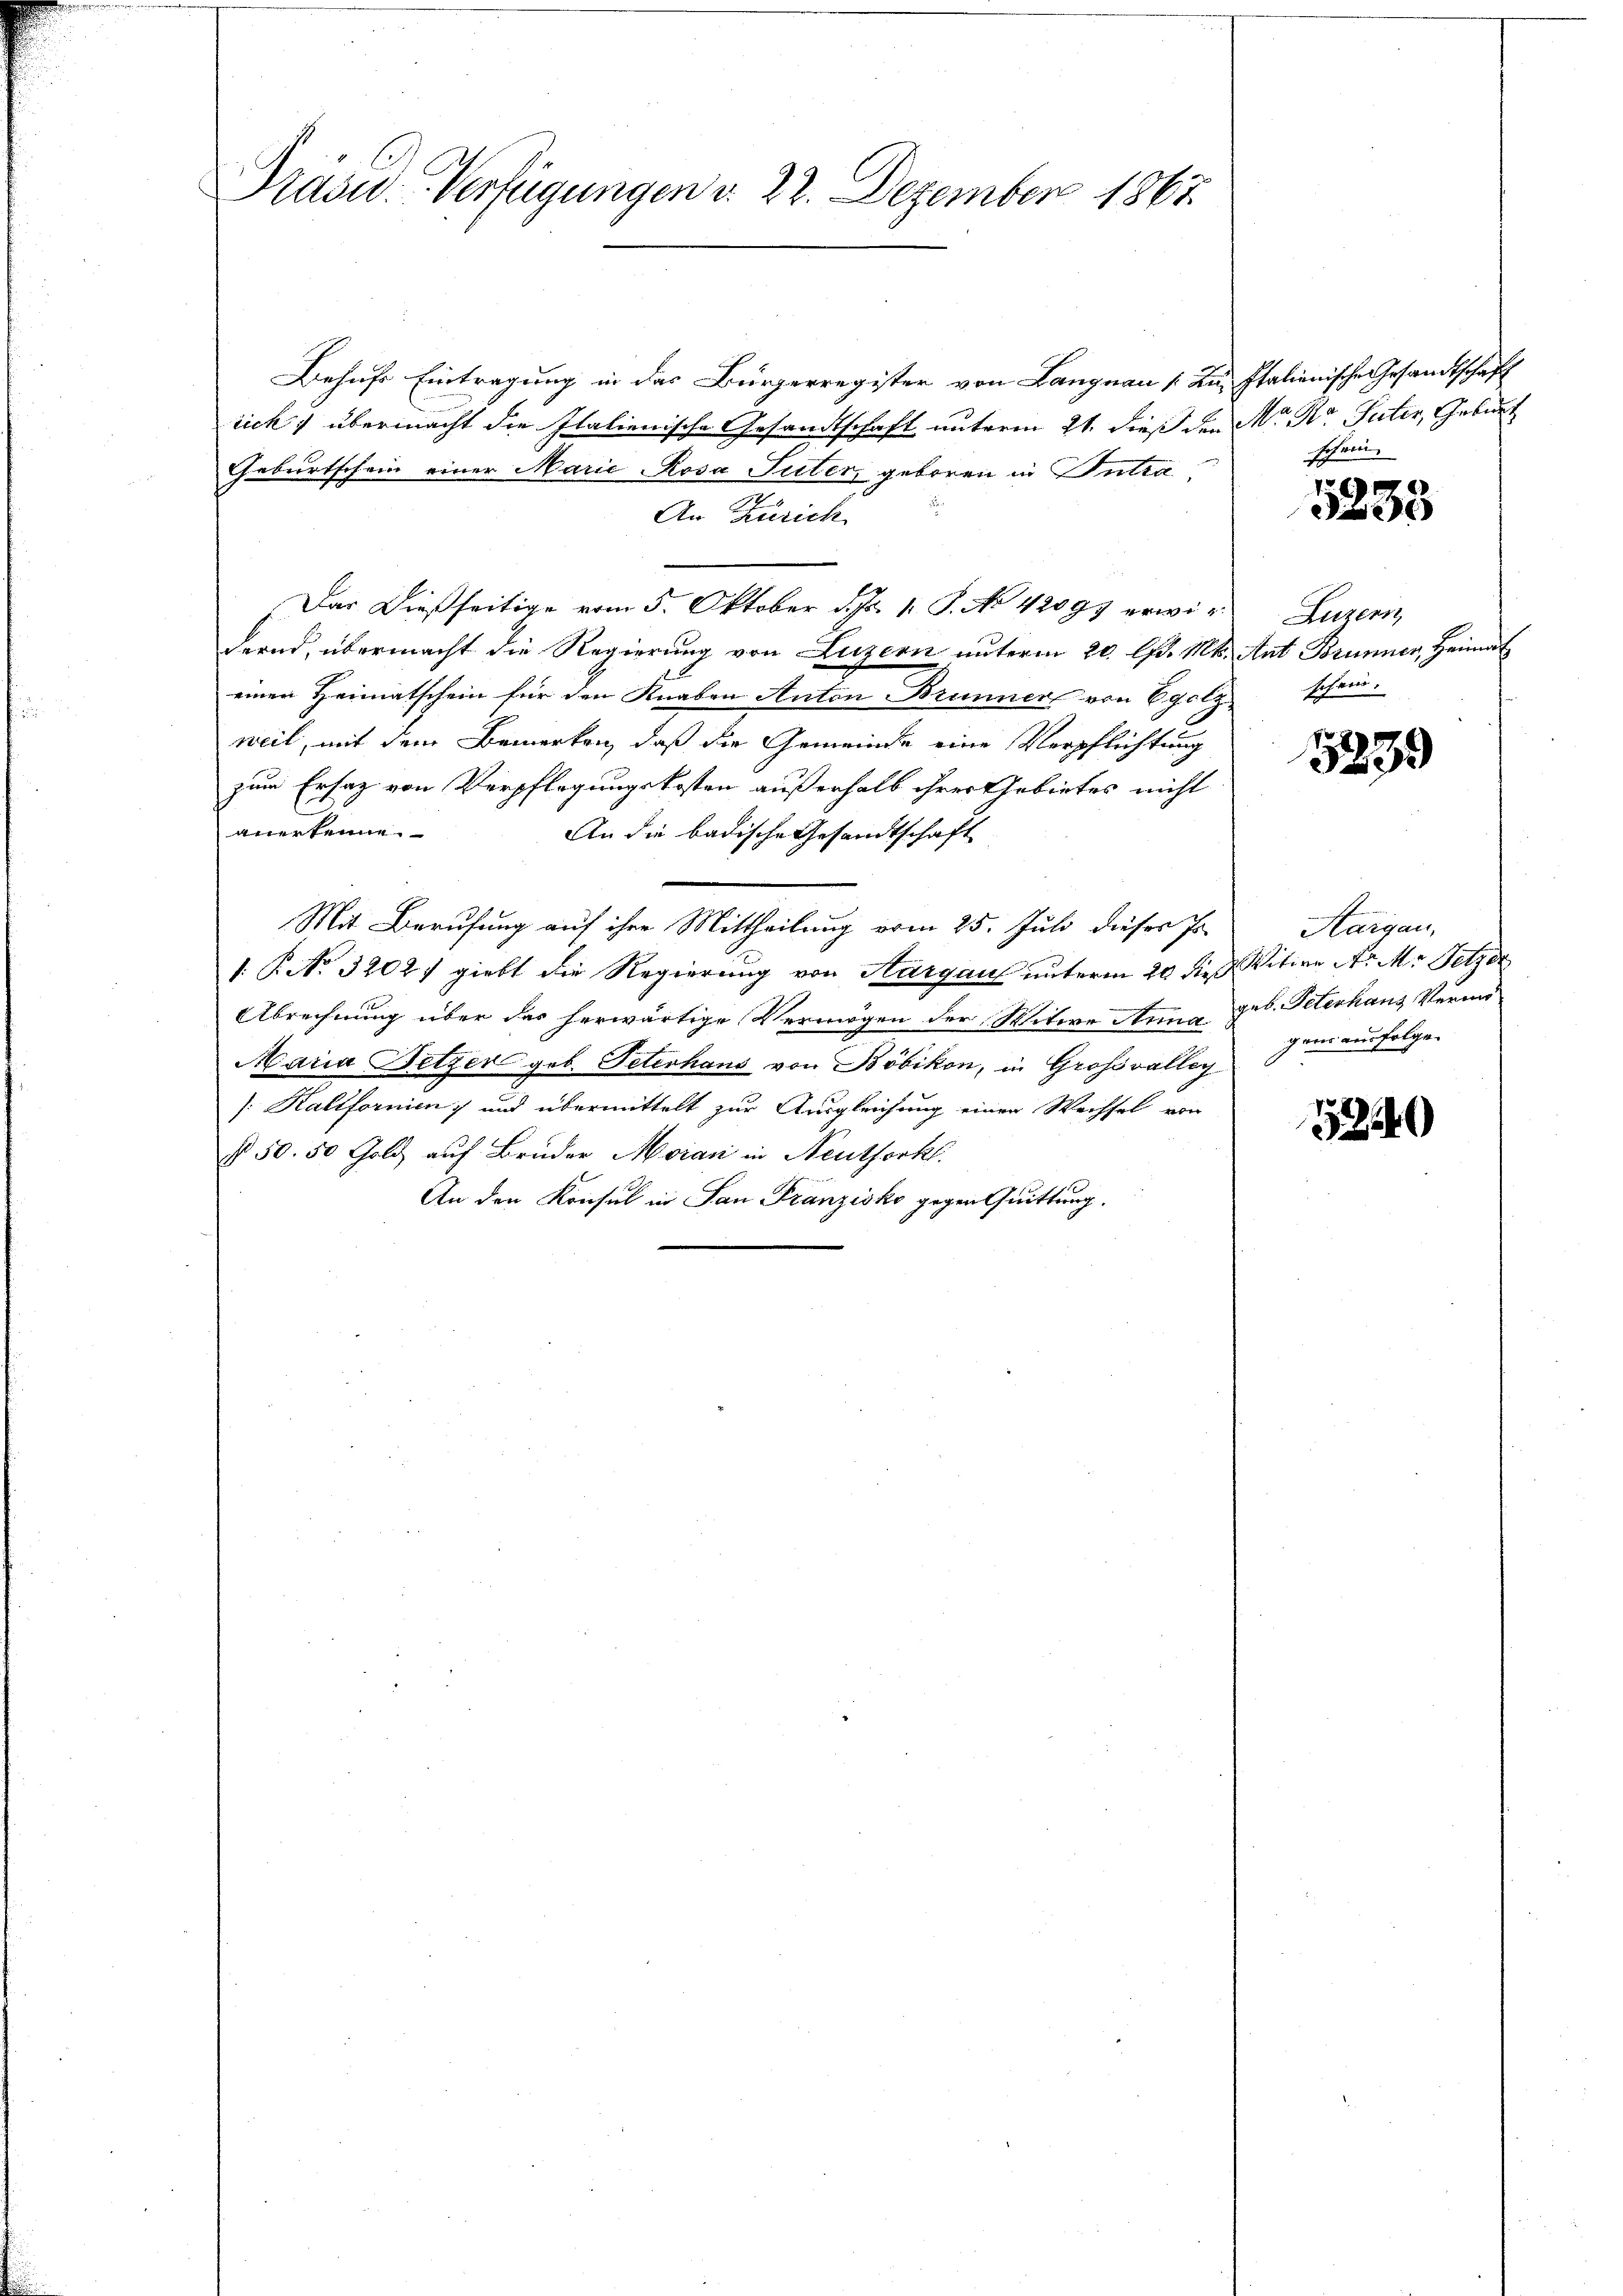
Präsid.. Verfügungen d. 22. Dezember 1867.

Behufs Eintragung in das Bürgerregister von Langnau (Ku, Italienische Gesandtschaft
rick übermacht die Italienische Gesandtschaft unterm 21. dieß den Mor. Dr. Suter, Geburt
Geburtschein einer Marie Rosa Suter, geboren in Intra¬
An Zürich
Das dießseitige vom 5. Oktober d. Js. 1. P. No 42097 erwidernd, übermacht die Regierung von Luzern unterm 20. Apr. Mts. Ant. Brunner, Heimat
einen Heimatschein für den Knaben Anton Brunner von Egolz
weil, mit dem Bemerken, daß die Gemeinde eine Verpflichtung
zum Ersatz von Verpflegungskosten außerhalb ihrer Gebietes nicht
anerkenne.
An die badische Gesandtschaft
Mit Berufung auf ihre Mittheilung vom 25. Juli dieses Jo¬
1. P. No. 32021 giebt die Regierung von Aargau unterm 20 dies Witwe Nr. M. Pelzer
Abrechnung über das herwärtige Vermögen der Witwe Anna geb. Peterhaus Verm
Maria Setzer geb. Peterhaus von Böbikon, in Großvalley
/:Kaltfornien, und übermittelt zur Ausgleichung einen Wechsel von
§ 50. 50 Gold auf Bruder Moran in Neuthorkl.
An den Konsul in San Franzisko gegen Quittung.

Schrei

5253

Luzern
schein.

5239

Aargau,
gen ausfolge.

52240